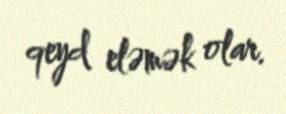
qeyd eləmək olar.